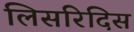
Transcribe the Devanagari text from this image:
लिसरिदिस